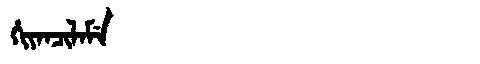
Manchu: ᡥᡳᠶᠠᠨᠴᡳᠯᠠᠮᡝ
Romanization: HIYANCILAME